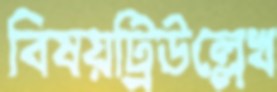
বিষয়ট্রিউল্লেখ